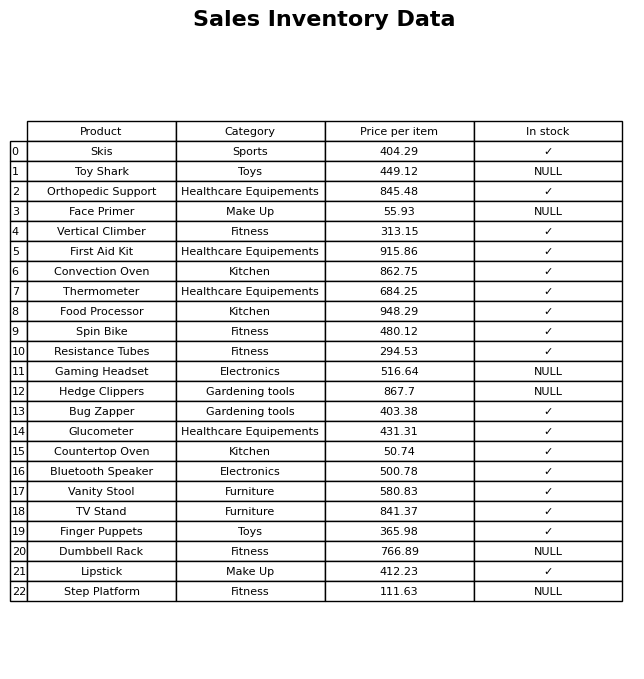
question: Which products are currently out of stock?
answer: Toy Shark, Face Primer, Gaming Headset, Hedge Clippers, Dumbbell Rack, Step Platform